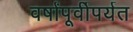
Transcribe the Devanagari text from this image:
वर्षांपूर्वीपर्यत